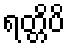
ရတ္တိပိ